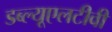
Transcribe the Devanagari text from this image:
डब्ल्यूएलटीवी